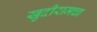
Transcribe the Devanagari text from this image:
खुदीरामचा